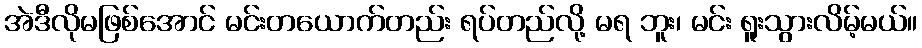
အဲဒီလိုမဖြစ်အောင် မင်းတယောက်တည်း ရပ်တည်လို့ မရ ဘူး၊ မင်း ရူးသွားလိမ့်မယ်။